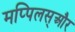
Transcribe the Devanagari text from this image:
मप्पिलस्और